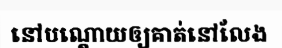
នៅបណ្តោយឲ្យគាត់នៅលែង